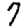
Digit: 7